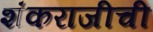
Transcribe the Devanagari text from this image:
शंकराजीची